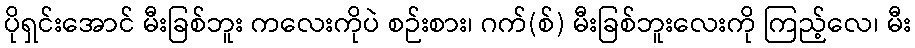
ပိုရှင်းအောင် မီးခြစ်ဘူး ကလေးကိုပဲ စဉ်းစား၊ ဂက်(စ်) မီးခြစ်ဘူးလေးကို ကြည့်လေ၊ မီး